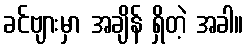
ခင်ဗျားမှာ အချိန် ရှိတဲ့ အခါ။